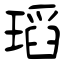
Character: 瑫